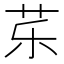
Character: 𱽚